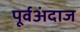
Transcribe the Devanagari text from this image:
पूर्वअंदाज